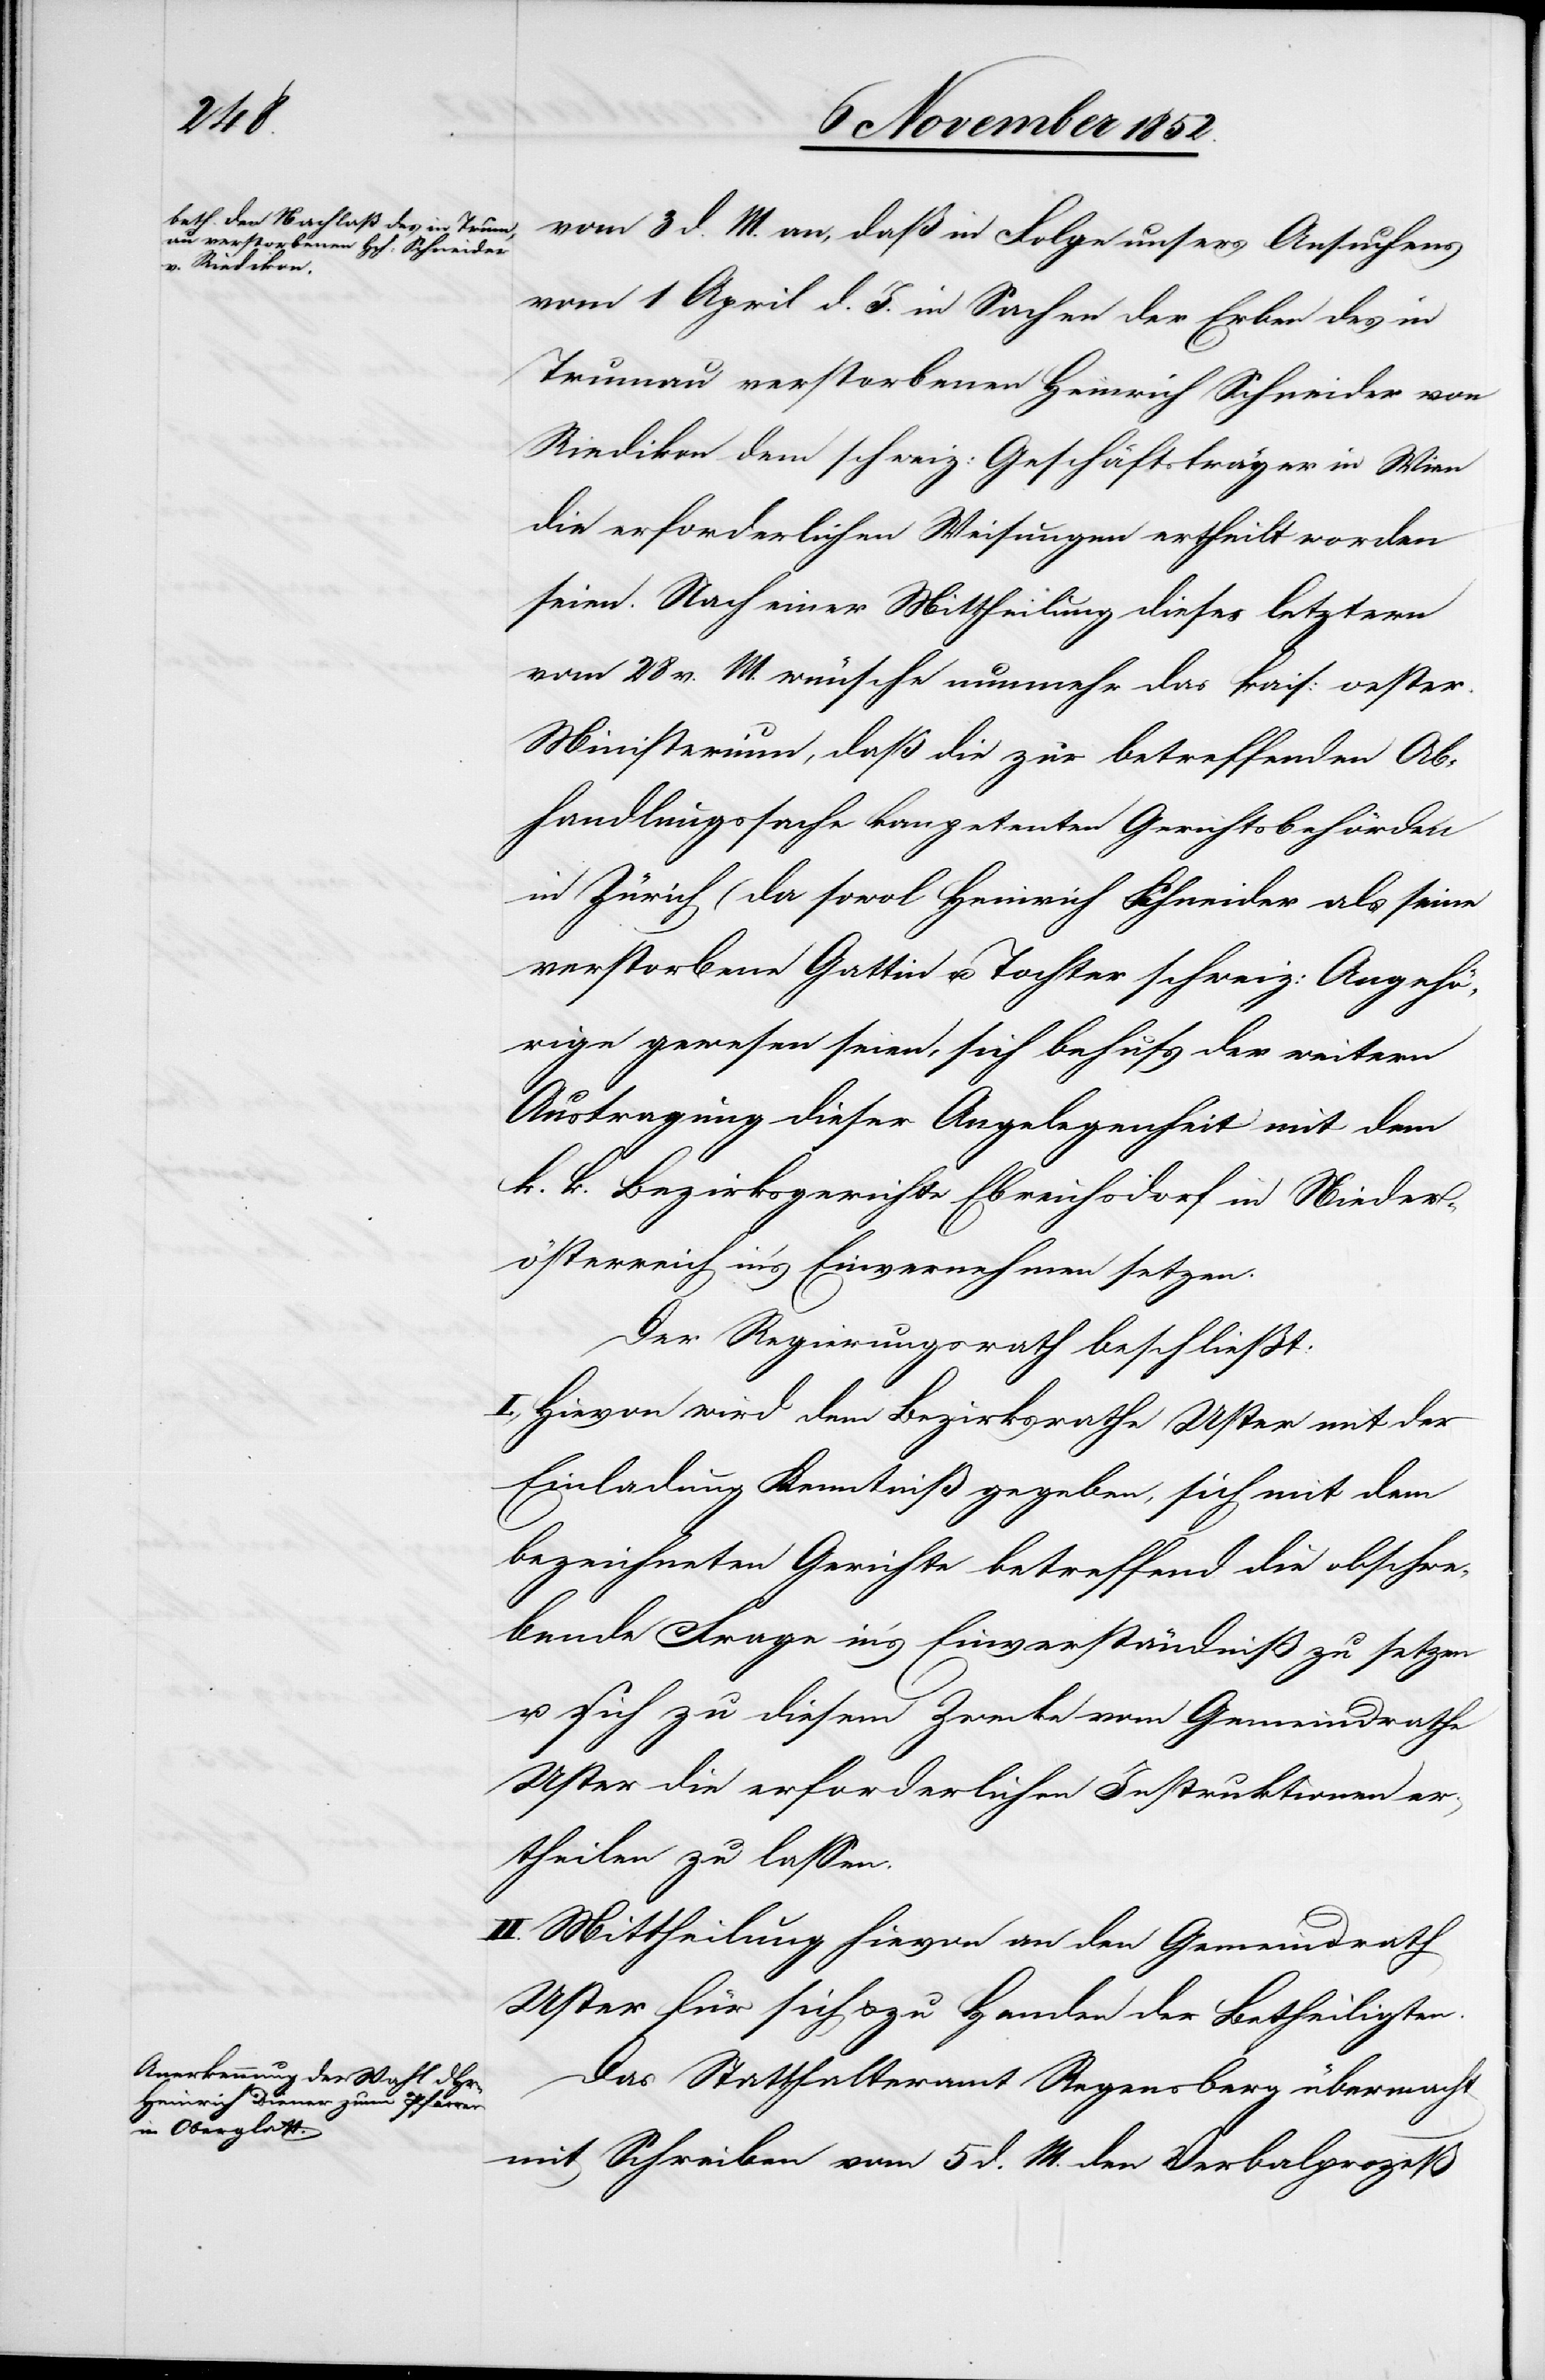
vom 3 d. M. an, daß in Folge unsers Ansuchens
vom 1 April d. J. in Sachen der Erben des in
Trumau verstorbenen Heinrich Schneider von
Riedikon dem schweiz: Geschäftsträger in Wien
die erforderlichen Weisungen ertheilt worden
seien. Nach einer Mittheilung dieses letztern
vom 28 v. M. wünsche nunmehr das kais: oester.
Ministerium, daß die zur betreffenden Ab¬
handlungssache kompetenten Gerichtsbehörden
in Zürich (da sowol Heinrich Schneider als seine
verstorbene Gattin u. Tochter schweiz: Angehö¬
rige Gewesen seien[)], sich behufs der weitern
Austragung dieser Angelegenheit mit dem
k. k. Bezirksgerichte Ebreichsdorf in Nieder¬
österreich in’s Einvernehmen setzen.
Der Regierungsrath beschließt:
I., Hievon wird dem Bezirksrathe Uster mit der
Einladung Kenntniß gegeben, sich mit dem
bezeichneten Gerichte betreffend die obschwe¬
bende Frage in’s Einverständniß zu setzen
u. sich zu diesem Zwecke vom Gemeindrathe
Uster die erforderlichen Instruktionen er¬
theilen zu lassen.
II. Mittheilung hievon an den Gemeindrath
Uster für sich & zu Handen der Betheiligten.
Das Statthalteramt Regensberg übermacht
mit Schreiben vom 5 d. M. den Verbalprozeß